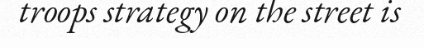
troops strategy on the street is